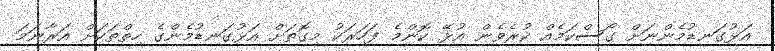
އަޅުގަނޑުމެންނަށް ގޯސްކަމެއް ކުރެވެން އުޅޭ ކޮންމެ ފަހަރަކު މިގޮތަށް އަޅުގަނޑުމެންގެ ހިތްތަކަށް އަރާނަމަ